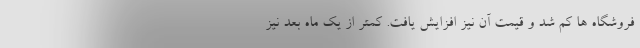
فروشگاه ها کم شد و قیمت آن نیز افزایش یافت. کمتر از یک ماه بعد نیز